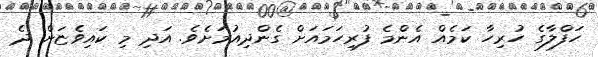
ހަފްލާގެ ހުރިހާ ކަމެއް އެންމެ ފުރިހަމައަށް ގެންދިއުމަށެވެ. އަދި މި ކައިވެޏަށް ދެ